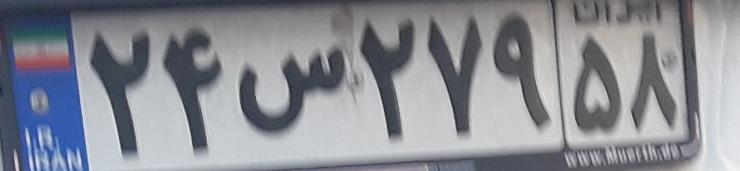
۲۴س۲۷۹۵۸